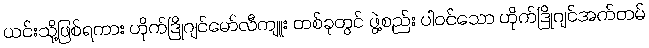
ယင်းသို့ဖြစ်ရကား ဟိုက်ဒြိုဂျင်မော်လီကျူး တစ်ခုတွင် ဖွဲ့စည်း ပါဝင်သော ဟိုက်ဒြိုဂျင်အက်တမ်